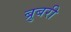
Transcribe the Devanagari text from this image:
ब्रुबरी